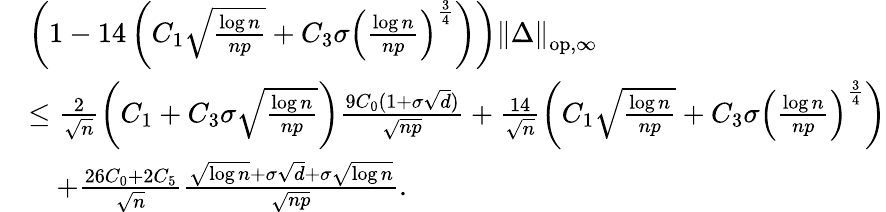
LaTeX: \begin{array}{rl}&{\left(1-14\left(C_{1}\sqrt{\frac{\log n}{np}}+C_{3}\sigma\left(\frac{\log n}{np}\right)^{\frac{3}{4}}\right)\right)\left\| {\Delta}\right\| _{\mathrm{op,\infty}}}\\ &{\leq\frac{2}{\sqrt{n}}\left(C_{1}+C_{3}\sigma\sqrt{\frac{\log n}{np}}\right)\frac{9C_{0}(1+\sigma\sqrt{d})}{\sqrt{np}}+\frac{14}{\sqrt{n}}\left(C_{1}\sqrt{\frac{\log n}{np}}+C_{3}\sigma\left(\frac{\log n}{np}\right)^{\frac{3}{4}}\right)}\\ &{\quad+\frac{26C_{0}+2C_{5}}{\sqrt{n}}\frac{\sqrt{\log n}+\sigma\sqrt{d}+\sigma\sqrt{\log n}}{\sqrt{np}}.}\end{array}